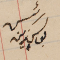
رئيس يوسف زينه